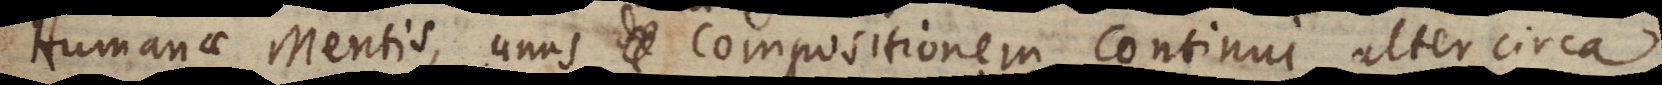
Humanae Mentis, unus circa compositionem continui, alter circa